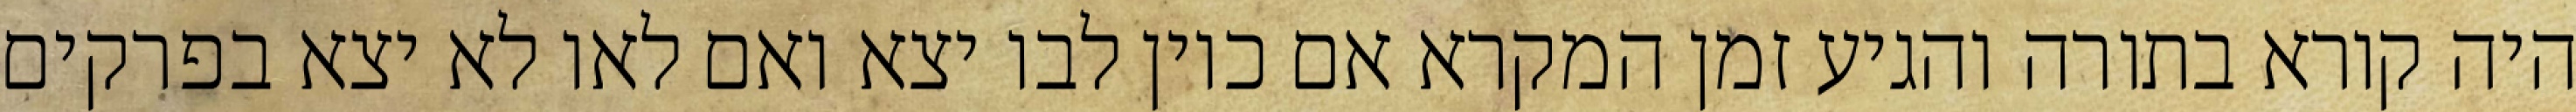
היה קורא בתורה והגיע זמן המקרא אם כיון לבו יצא ואם לאו לא יצא בפרקים